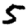
Digit: 5